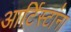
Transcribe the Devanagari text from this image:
आर्टिस्टांना